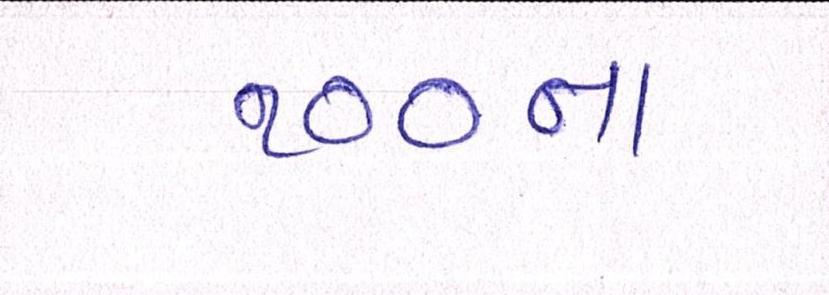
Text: ૧૦૦ના